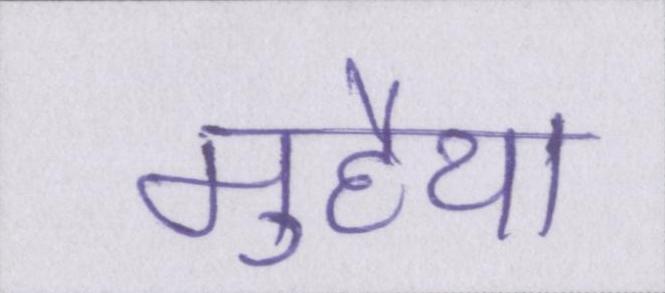
मुहैया